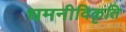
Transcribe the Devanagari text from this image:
धमनीविकृति